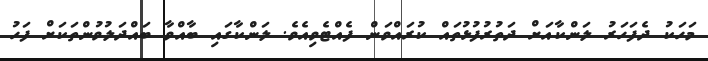
މަހަކު ދެފަހަރު ލަންކާއަށް ދަތުރުފުޅުތައް ކުރައްވަން ފެއްޓެވިއެވެ. ލަންކާގައި ބާއްވާ ބައްދަލުވުންތަކަށް ފަހު